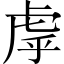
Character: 虖